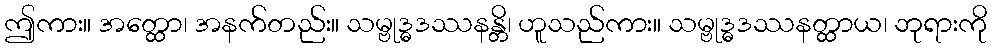
ဤကား။ အတ္ထော၊ အနက်တည်း။ သမ္ဗုဒ္ဓဒဿနန္တိ၊ ဟူသည်ကား။ သမ္ဗုဒ္ဓဒဿနတ္ထာယ၊ ဘုရားကို